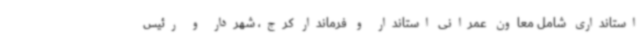
استانداری شامل معاون عمرانی استاندار و فرماندار کرج، شهردار و رئیس